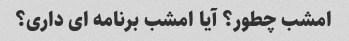
امشب چطور؟ آیا امشب برنامه ای داری؟